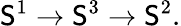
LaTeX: \mathsf{S}^{1}\to\mathsf{S}^{3}\to\mathsf{S}^{2}.